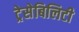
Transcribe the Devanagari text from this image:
ट्रेसेबिलिटी